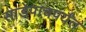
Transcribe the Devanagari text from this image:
साडेपाचपर्यंत